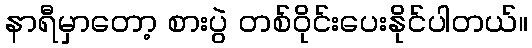
နာရီမှာတော့ စားပွဲ တစ်ဝိုင်းပေးနိုင်ပါတယ်။